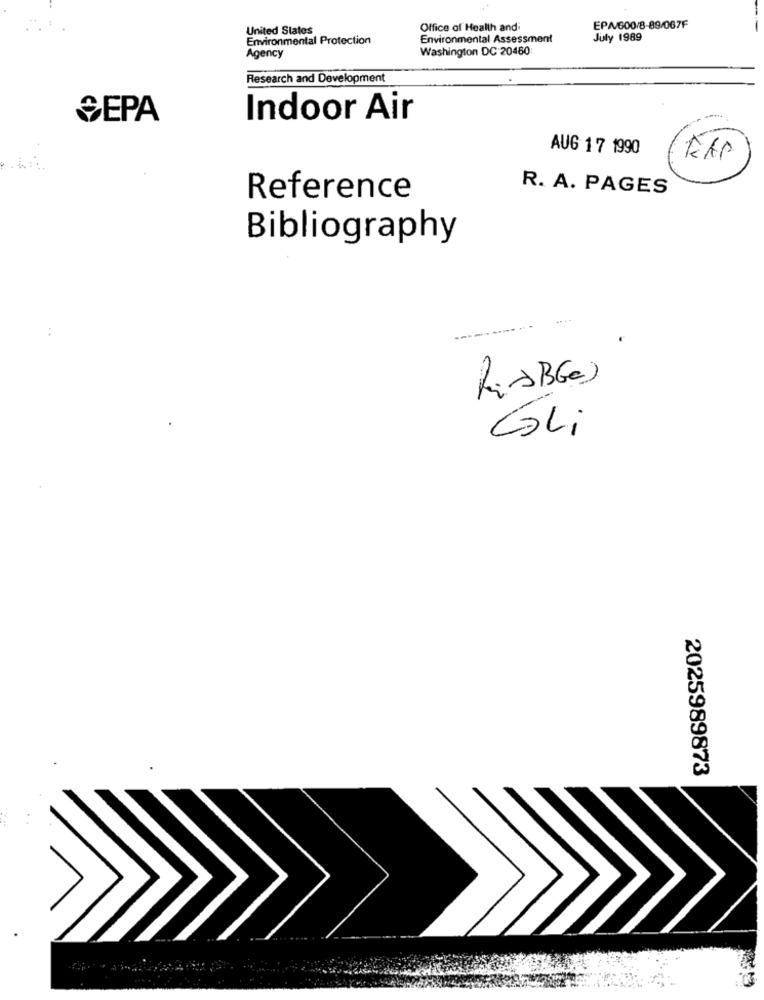
United States
Office of Health and
EPA/600/8-89/067F
Environmental Protection
Environmental Assessment
July 1989
Washington DC 20460
Agency
Research and Development
SEPA
Indoor Air
AUG 17 1990
KAP
R. A. PAGES
Reference
Bibliography
LiABGes
Gali
2025989873